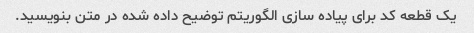
یک قطعه کد برای پیاده سازی الگوریتم توضیح داده شده در متن بنویسید.